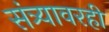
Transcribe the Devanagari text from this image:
संत्र्यावरही